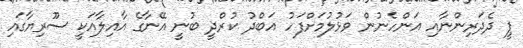
ޕީ ދެދަރިންނާއި އަންހެނުން ވަޅުލުމަށްފަހު އަބްދު ކުރްދީ ބުނީ އޭނާގެ އާއިލާއަކީ ސޫރިޔާގައި